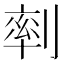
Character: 𠞩